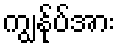
ကျွနု်ပ်အား